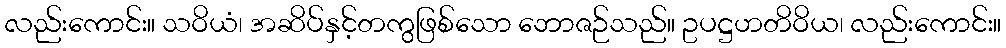
လည်းကောင်း။ သဝိယံ၊ အဆိပ်နှင့်တကွဖြစ်သော ဘောဇဉ်သည်။ ဥပဋ္ဌဟတိဝိယ၊ လည်းကောင်း။